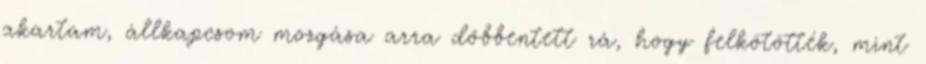
akartam, állkapcsom mozgása arra döbbentett rá, hogy felkötötték, mint